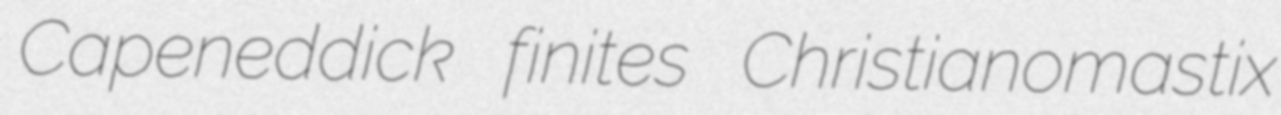
Capeneddick finites Christianomastix